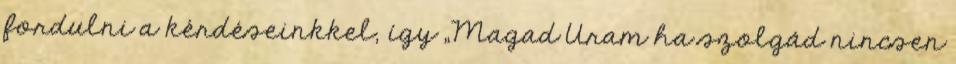
fordulni a kérdéseinkkel, így „Magad Uram ha szolgád nincsen